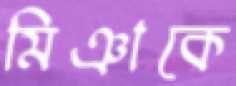
মিঞাকে